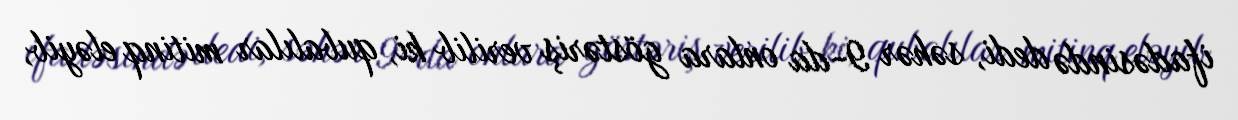
ifadəsində dedi, səhər 9-da onlara göstəriş verilib ki, qubalılar mitinq eləyib,